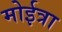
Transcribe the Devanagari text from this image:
मोईत्रा